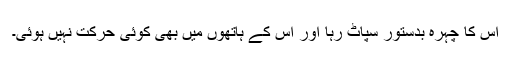
اس کا چہرہ بدستور سپاٹ رہا اور اس کے ہاتھوں میں بھی کوئی حرکت نہیں ہوئی۔